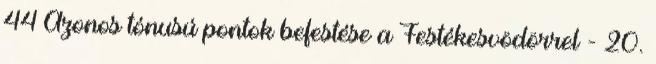
44 Azonos tónusú pontok befestése a Festékesvödörrel - 20.